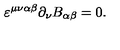
\varepsilon ^ { \mu \nu \alpha \beta } \partial _ { \nu } B _ { \alpha \beta } = 0 .